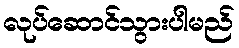
လုပ်ဆောင်သွားပါမည်